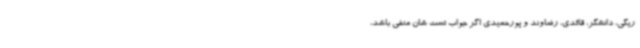
ریگی، دانشگر، قائدی، رضاوند و پورحمیدی اگر جواب تست شان منفی باشد،